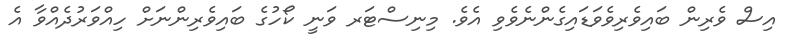
އިސް ވެރިން ބައިވެރިވެވަޑައިގެންނެވެވި އެވެ. މިނިސްޓަރ ވަނީ ކޯހުގެ ބައިވެރިންނަށް ހިއްވަރުދެއްވާ އެ